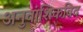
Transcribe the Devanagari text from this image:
अनुवांशिकविद